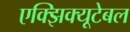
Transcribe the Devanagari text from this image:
एक्झिक्यूटेबल